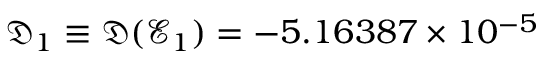
\mathfrak { D } _ { 1 } \equiv \mathfrak { D } ( \mathcal { E } _ { 1 } ) = - 5 . 1 6 3 8 7 \times 1 0 ^ { - 5 }